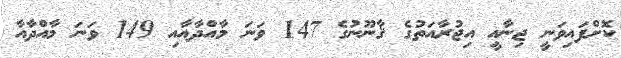
ކޮށްފައިވަނީ ޖިނާއީ އިޖުރާއަތުގެ ޤާނޫނުގެ 147 ވަނަ މާއްދާއާއި 149 ވަނަ މާއްދާއާ